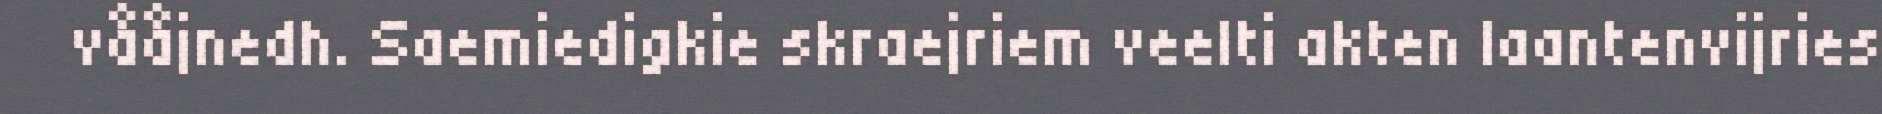
vååjnedh. Saemiedigkie skraejriem veelti akten laantenvijries